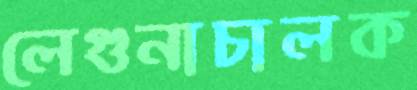
লেগুনাচালক